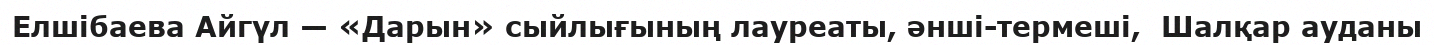
Елшібаева Айгүл — «Дарын» сыйлығының лауреаты, әнші-термеші,  Шалқар ауданы